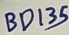
Text: BD135